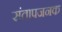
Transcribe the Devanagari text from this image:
संतापजनक